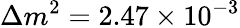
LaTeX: \Delta m^{2}=2.47\times 10^{-3}